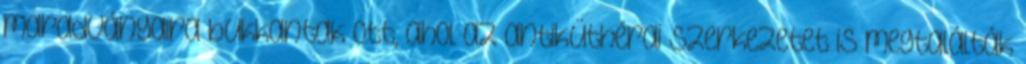
maradványaira bukkantak ott, ahol az antiküthérai szerkezetet is megtalálták